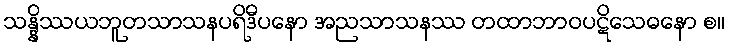
သန္နိဿယဘူတသာသနပရိဒီပနော အညသာသနဿ တထာဘာဝပဋိသေဓနော စ။